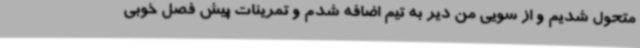
متحول شدیم و از سویی من دیر به تیم اضافه شدم و تمرینات پیش فصل خوبی